Elephants and their diseases
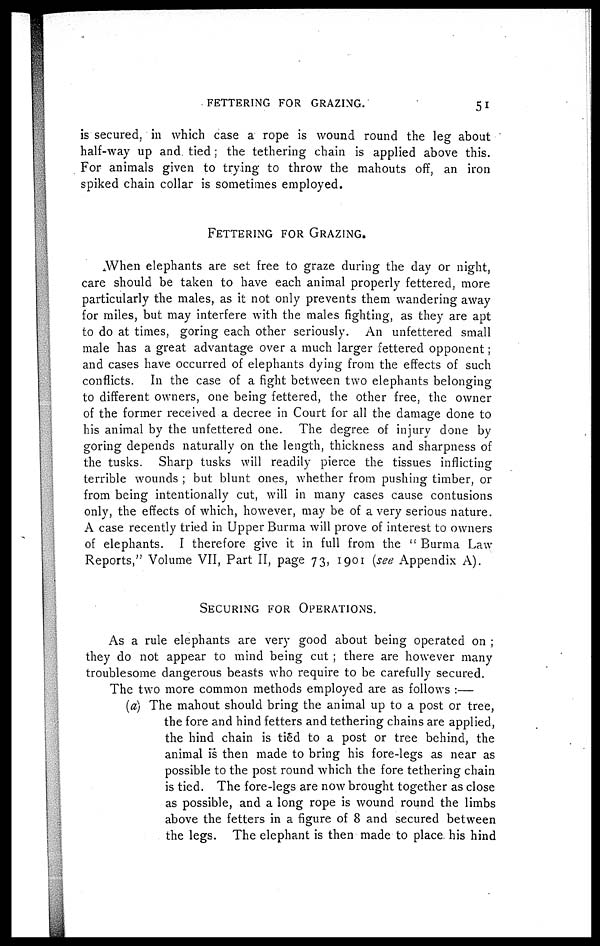
FETTERING FOR GRAZING.
51
is secured, in which case a rope is wound round the leg about
half-way up and tied; the tethering chain is applied above this.
For animals given to trying to throw the mahouts off, an iron
spiked chain collar is sometimes employed.
FETTERING FOR GRAZING.
When elephants are set free to graze during the day or night,
care should be taken to have each animal properly fettered, more
particularly the males, as it not only prevents them wandering away
for miles, but may interfere with the males fighting, as they are apt
to do at times, goring each other seriously. An unfettered small
male has a great advantage over a much larger fettered opponent;
and cases have occurred of elephants dying from the effects of such
conflicts. In the case of a fight between two elephants belonging
to different owners, one being fettered, the other free, the owner
of the former received a decree in Court for all the damage done to
his animal by the unfettered one. The degree of injury done by
goring depends naturally on the length, thickness and sharpness of
the tusks. Sharp tusks will readily pierce the tissues inflicting
terrible wounds ; but blunt ones, whether from pushing timber, or
from being intentionally cut, will in many cases cause contusions
only, the effects of which, however, may be of a very serious nature.
A case recently tried in Upper Burma will prove of interest to owners
of elephants. I therefore give it in full from the " Burma Law
Reports," Volume VII, Part II, page 73, 1901 (see Appendix A).
SECURING FOR OPERATIONS.
As a rule elephants are very good about being operated on ;
they do not appear to mind being cut ; there are however many
troublesome dangerous beasts who require to be carefully secured.
The two more common methods employed are as follows :—
(a) The mahout should bring the animal up to a post or tree,
the fore and hind fetters and tethering chains are applied,
the hind chain is tied to a post or tree behind, the
animal is then made to bring his fore-legs as near as
possible to the post round which the fore tethering chain
is tied. The fore-legs are now brought together as close
as possible, and a long rope is wound round the limbs
above the fetters in a figure of 8 and secured between
the legs. The elephant is then made to place his hind